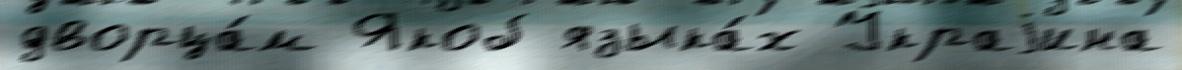
дворца́м Якоб языка́х Украjина